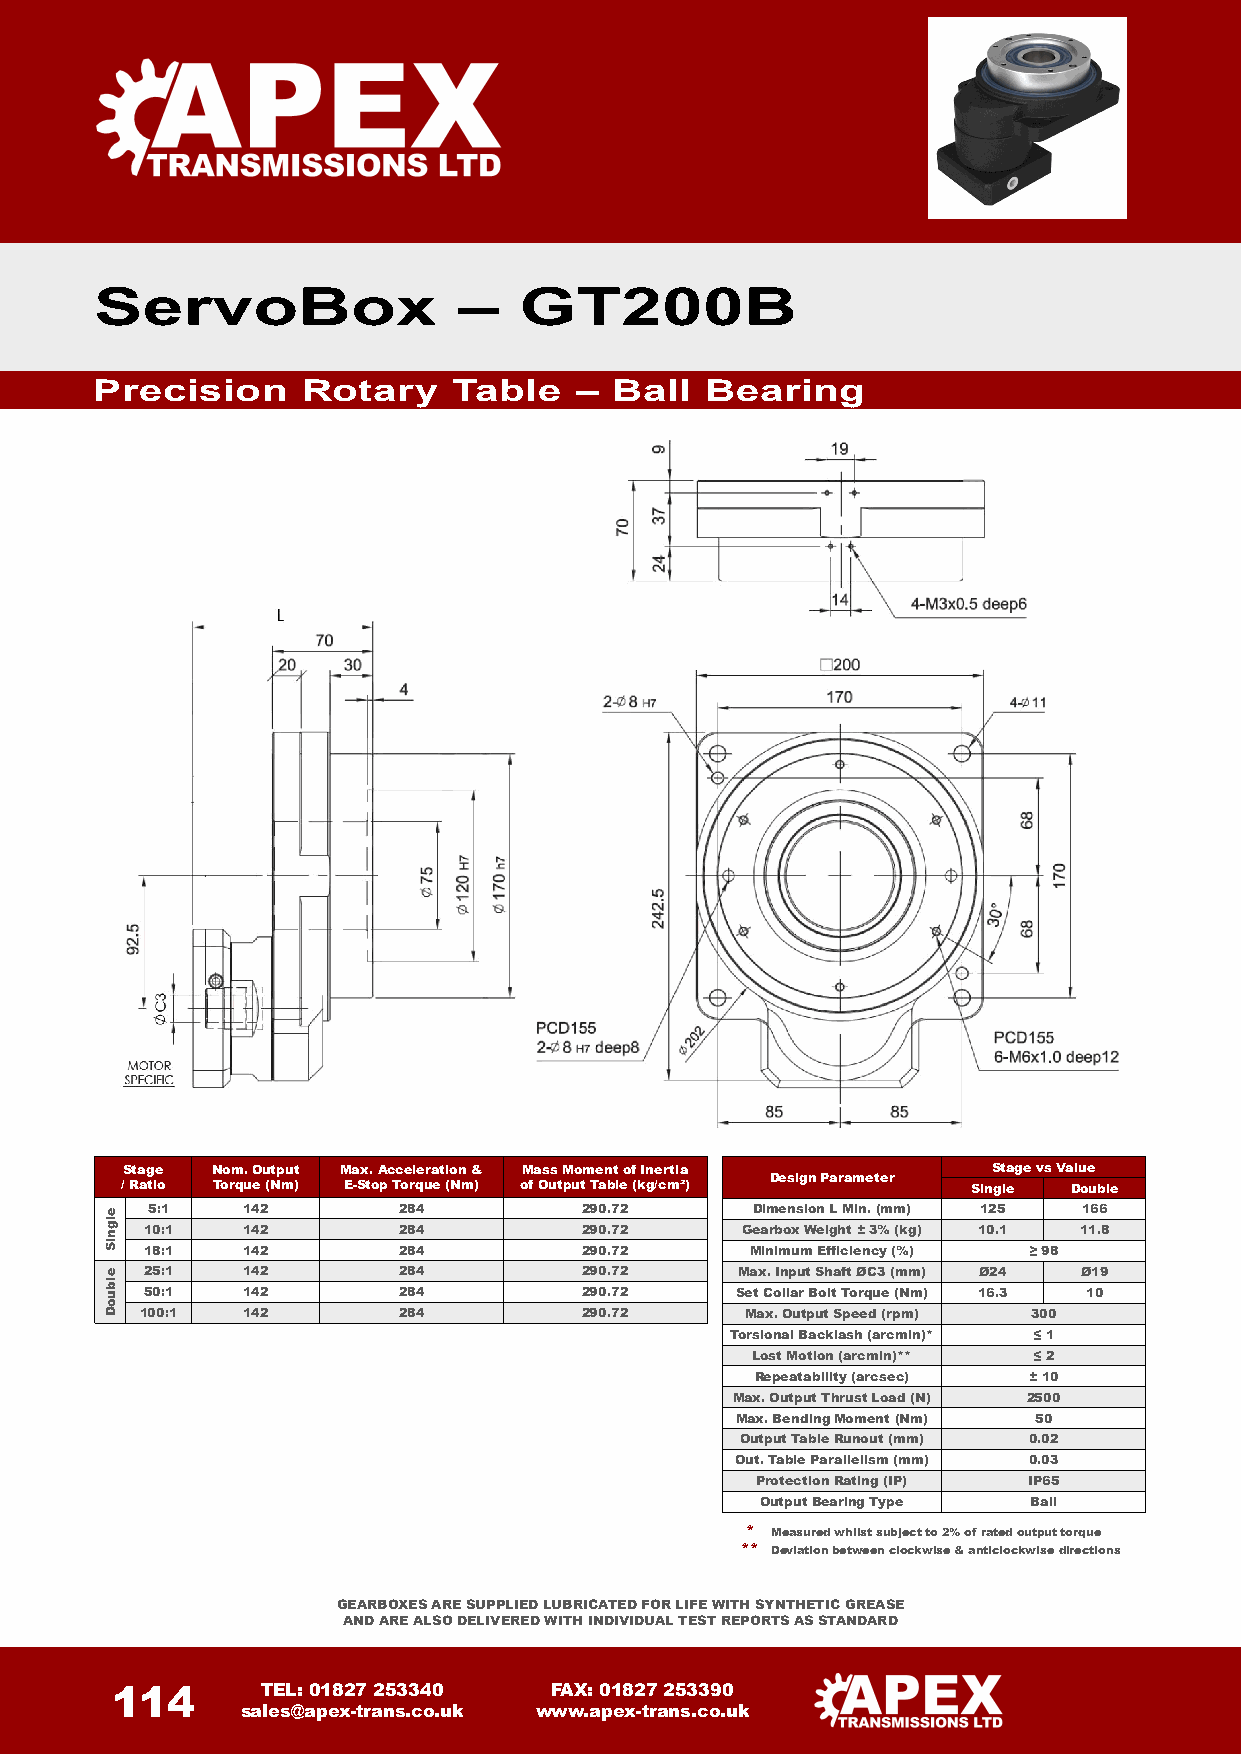
ServoBox                –   GT200B
 Precision     Rotary    Table   – Ball   Bearing
 Stage Nom.Output Max.Acceleration & Mass Momentof Inertia Stage vs Value
 Design Parameter
 / Ratio Torque (Nm) E-Stop Torque (Nm) of Output Table (kg/cm²) Single Double
 5:1   142       284         290.72      Dimension L Min.(mm) 125 166
 10:1  142       284         290.72     Gearbox Weight ±3% (kg) 10.1 11.8
 18:1  142       284         290.72      Minimum Efficiency (%) ≥ 98
 25:1  142       284         290.72     Max. Input Shaft ØC3 (mm) Ø24 Ø19
 50:1  142       284         290.72     Set Collar Bolt Torque (Nm) 16.3 10
 100:1  142       284         290.72     Max.Output Speed (rpm) 300
 Torsional Backlash (arcmin)* ≤ 1
 Lost Motion (arcmin)** ≤ 2
 Repeatability (arcsec) ±10
 Max. Output Thrust Load (N) 2500
 Max. BendingMoment (Nm) 50
 Output Table Runout (mm) 0.02
 Out.Table Parallelism(mm) 0.03
 ProtectionRating (IP) IP65
 OutputBearing Type Ball
 * Measured whilst subject to 2% of rated output torque
 ** Deviation between clockwise & anticlockwise directions
 GEARBOXES ARE SUPPLIED LUBRICATED FOR LIFE WITH SYNTHETIC GREASE
 AND ARE ALSO DELIVERED WITH INDIVIDUAL TEST REPORTS AS STANDARD
 114       TEL: 01827 253340  FAX: 01827 253390
 sales@apex-trans.co.uk www.apex-trans.co.uk
 elgniS
 elbuoD